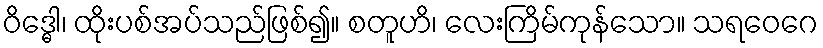
ဝိဒ္ဓေါ၊ ထိုးပစ်အပ်သည်ဖြစ်၍။ စတူဟိ၊ လေးကြိမ်ကုန်သော။ သရဝေဂေ